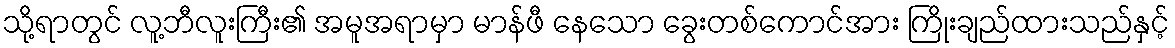
သို့ရာတွင် လူ့ဘီလူးကြီး၏ အမူအရာမှာ မာန်ဖီ နေသော ခွေးတစ်ကောင်အား ကြိုးချည်ထားသည်နှင့်